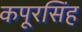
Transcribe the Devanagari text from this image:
कपूरसिंह